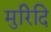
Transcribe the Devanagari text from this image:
मुरिदि